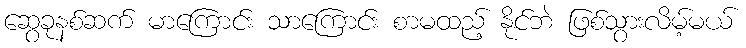
ဆွေခုနစ်ဆက် မာကြောင်း သာကြောင်း စာမထည့် နိုင်ဘဲ ဖြစ်သွားလိမ့်မယ်